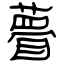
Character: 瞢